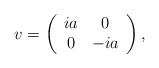
\begin{align*}v=\left(\begin{array}{cc}ia & 0 \\0 & -ia \end{array}\right),\end{align*}